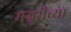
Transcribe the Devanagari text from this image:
मग्रुरीच्या